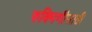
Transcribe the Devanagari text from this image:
रुक्मिणीसाठी